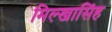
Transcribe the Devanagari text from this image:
मिल्खासिंह